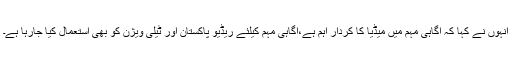
انہوں نے کہا کہ آگاہی مہم میں میڈیا کا کردار اہم ہے،آگاہی مہم کیلئے ریڈیو پاکستان اور ٹیلی ویژن کو بھی استعمال کیا جارہا ہے۔